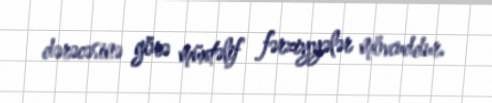
dərəcəsinə görə müxtəlif fərziyyələr mövcuddur.